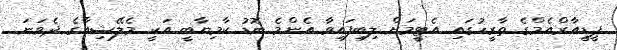
ޕީޑީއާރްއެމްގެ ތާރީހުގައި އެޓީމަށް ލިބިފައިވާ އެންމެ ބޮޑު ކާމިޔާބީ އަކީ މެލޭޝިއާގެ ދެވަނަ